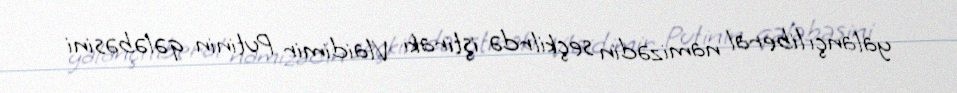
yalançı liberal namizədin seçkilrdə iştirakı Vlaidimir Putinin qələbəsini